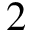
2